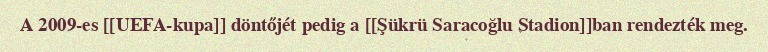
A 2009-es [[UEFA-kupa]] döntőjét pedig a [[Şükrü Saracoğlu Stadion]]ban rendezték meg.